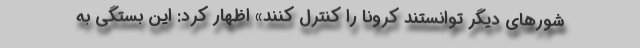
شورهای دیگر توانستند کرونا را کنترل کنند» اظهار کرد: این بستگی به